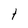
Character: t